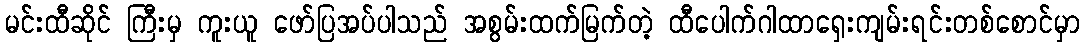
မင်းထီဆိုင် ကြီးမှ ကူးယူ ဖော်ပြအပ်ပါသည် အစွမ်းထက်မြက်တဲ့ ထီပေါက်ဂါထာရှေးကျမ်းရင်းတစ်စောင်မှာ